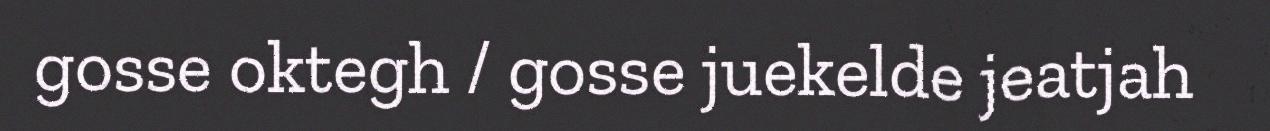
gosse oktegh / gosse juekelde jeatjah